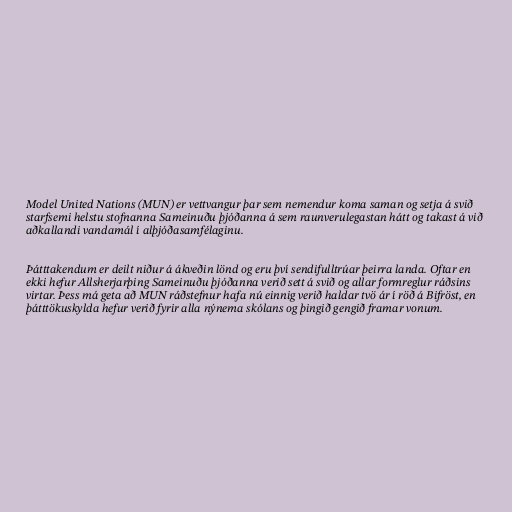
Model United Nations (MUN) er vettvangur þar sem nemendur koma saman og setja á svið
starfsemi helstu stofnanna Sameinuðu þjóðanna á sem raunverulegastan hátt og takast á við
aðkallandi vandamál í alþjóðasamfélaginu.

Þátttakendum er deilt niður á ákveðin lönd og eru því sendifulltrúar þeirra landa. Oftar en
ekki hefur Allsherjarþing Sameinuðu þjóðanna verið sett á svið og allar formreglur ráðsins
virtar. Þess má geta að MUN ráðstefnur hafa nú einnig verið haldar tvö ár í röð á Bifröst, en
þátttökuskylda hefur verið fyrir alla nýnema skólans og þingið gengið framar vonum.